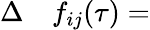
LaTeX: \begin{array}{rl}{\Delta}&{{}f_{ij}(\tau)=}\end{array}